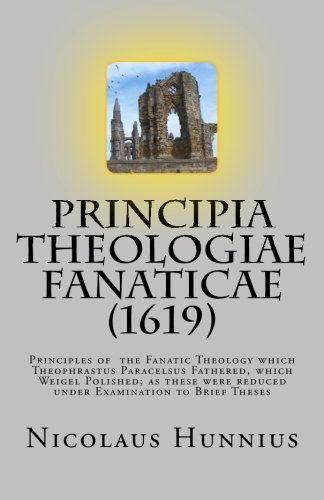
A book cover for Principia Theologiae Fanaticae (1619): The Principles of the Fanatic Theology; Nicolaus Hunnius; Religion & Spirituality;